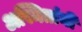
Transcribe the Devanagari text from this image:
अस्मितांनी